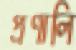
প্রণালি